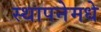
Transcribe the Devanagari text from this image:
स्थापनेमधे